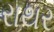
રાથર